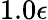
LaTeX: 1.0\epsilon